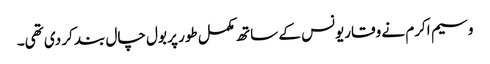
وسیم اکرم نے وقاریونس کے ساتھ مکمل طور پر بول چال بند کر دی تھی۔